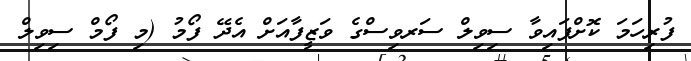
ފުރިހަމަ ކޮށްފައިވާ ސިވިލް ސަރވިސްގެ ވަޒީފާއަށް އެދޭ ފޯމު (މި ފޯމް ސިވިލް